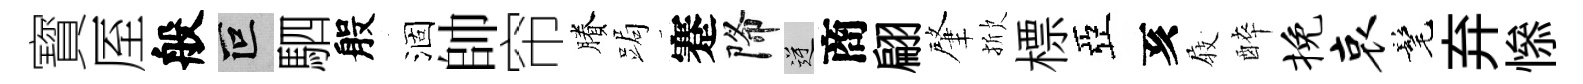
寳厔般叵駟般涸帥帘賸跼蹇降逆商翩肇掀標亞亥𡲆醉挽哀髦弃𢡖